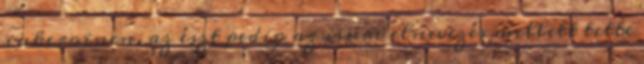
inkeroinen, az észt pedig az isuri elnevezés mellett tette